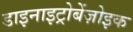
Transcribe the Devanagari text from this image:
डाइनाइट्रोबेंज़ोइक